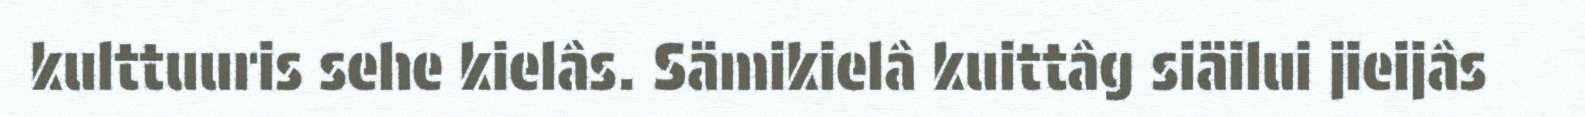
kulttuuris sehe kielâs. Sämikielâ kuittâg siäilui jieijâs